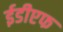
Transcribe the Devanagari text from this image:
ईडीएफ